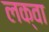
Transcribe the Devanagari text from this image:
लक्वा